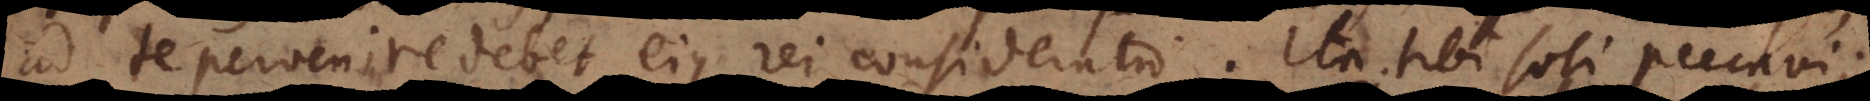
pervenire debet ejus rei consideratio. Ita tibi soli peccavi;